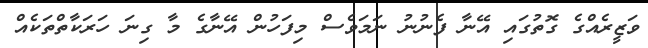
ވަޒީރެއްގެ ގޮތުގައި އޭނާ ފެނުނު ނަމަވެސް މިފަހުން އޭނާގެ މާ ގިނަ ހަރަކާތްތަކެއް